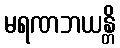
မရဏဘယန္တိ